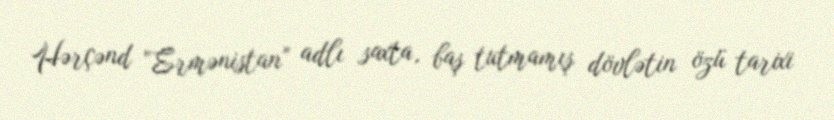
Hərçənd “Ermənistan” adlı saxta, baş tutmamış dövlətin özü tarixi